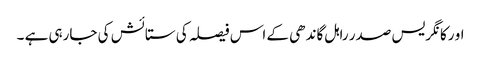
او رکانگریس صدر راہل گاندھی کے اس فیصلہ کی ستائش کی جارہی ہے ۔